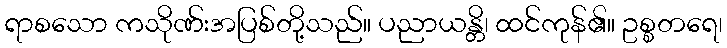
ရာစသော ကသိုဏ်းအပြစ်တို့သည်။ ပညာယန္တိ၊ ထင်ကုန်၏။ ဥစ္စတရေ၊